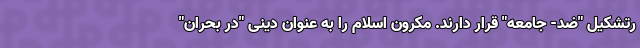
رتشکیل "ضد- جامعه" قرار دارند. مکرون اسلام را به عنوان دینی "در بحران"